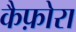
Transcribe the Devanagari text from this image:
कैफ़ोरा